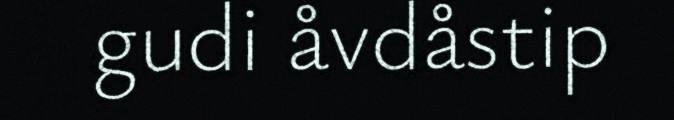
gudi åvdåstip